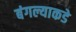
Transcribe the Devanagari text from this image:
बंगल्याकडे